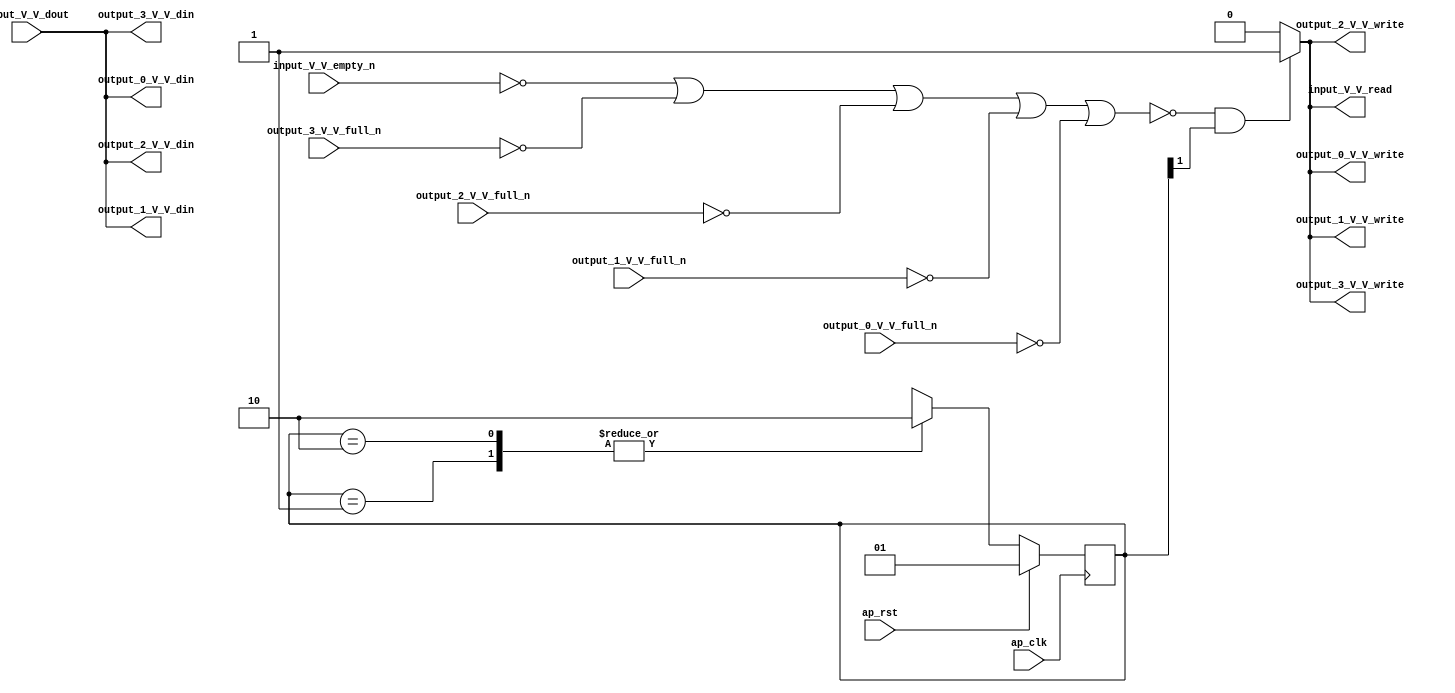
// ==============================================================
// RTL generated by Vivado(TM) HLS - High-Level Synthesis from C, C++ and SystemC
// Version: 2017.4
// Copyright (C) 1986-2017 Xilinx, Inc. All Rights Reserved.
// 
// ===========================================================

`timescale 1 ns / 1 ps 

(* CORE_GENERATION_INFO="gen_in,hls_ip_2017_4,{HLS_INPUT_TYPE=cxx,HLS_INPUT_FLOAT=0,HLS_INPUT_FIXED=1,HLS_INPUT_PART=xczu9eg-ffvb1156-2-e,HLS_INPUT_CLOCK=10.000000,HLS_INPUT_ARCH=others,HLS_SYN_CLOCK=3.676000,HLS_SYN_LAT=-1,HLS_SYN_TPT=none,HLS_SYN_MEM=0,HLS_SYN_DSP=0,HLS_SYN_FF=2,HLS_SYN_LUT=69}" *)

module gen_in (
        ap_clk,
        ap_rst,
        input_V_V_dout,
        input_V_V_empty_n,
        input_V_V_read,
        output_0_V_V_din,
        output_0_V_V_full_n,
        output_0_V_V_write,
        output_1_V_V_din,
        output_1_V_V_full_n,
        output_1_V_V_write,
        output_2_V_V_din,
        output_2_V_V_full_n,
        output_2_V_V_write,
        output_3_V_V_din,
        output_3_V_V_full_n,
        output_3_V_V_write
);

parameter    ap_ST_fsm_state1 = 2'd1;
parameter    ap_ST_fsm_state2 = 2'd2;

input   ap_clk;
input   ap_rst;
input  [15:0] input_V_V_dout;
input   input_V_V_empty_n;
output   input_V_V_read;
output  [15:0] output_0_V_V_din;
input   output_0_V_V_full_n;
output   output_0_V_V_write;
output  [15:0] output_1_V_V_din;
input   output_1_V_V_full_n;
output   output_1_V_V_write;
output  [15:0] output_2_V_V_din;
input   output_2_V_V_full_n;
output   output_2_V_V_write;
output  [15:0] output_3_V_V_din;
input   output_3_V_V_full_n;
output   output_3_V_V_write;

reg input_V_V_read;
reg output_0_V_V_write;
reg output_1_V_V_write;
reg output_2_V_V_write;
reg output_3_V_V_write;

reg    input_V_V_blk_n;
(* fsm_encoding = "none" *) reg   [1:0] ap_CS_fsm;
wire    ap_CS_fsm_state2;
reg    output_0_V_V_blk_n;
reg    output_1_V_V_blk_n;
reg    output_2_V_V_blk_n;
reg    output_3_V_V_blk_n;
reg    ap_block_state2;
reg   [1:0] ap_NS_fsm;

// power-on initialization
initial begin
#0 ap_CS_fsm = 2'd1;
end

always @ (posedge ap_clk) begin
    if (ap_rst == 1'b1) begin
        ap_CS_fsm <= ap_ST_fsm_state1;
    end else begin
        ap_CS_fsm <= ap_NS_fsm;
    end
end

always @ (*) begin
    if ((1'b1 == ap_CS_fsm_state2)) begin
        input_V_V_blk_n = input_V_V_empty_n;
    end else begin
        input_V_V_blk_n = 1'b1;
    end
end

always @ (*) begin
    if ((~((input_V_V_empty_n == 1'b0) | (output_3_V_V_full_n == 1'b0) | (output_2_V_V_full_n == 1'b0) | (output_1_V_V_full_n == 1'b0) | (output_0_V_V_full_n == 1'b0)) & (1'b1 == ap_CS_fsm_state2))) begin
        input_V_V_read = 1'b1;
    end else begin
        input_V_V_read = 1'b0;
    end
end

always @ (*) begin
    if ((1'b1 == ap_CS_fsm_state2)) begin
        output_0_V_V_blk_n = output_0_V_V_full_n;
    end else begin
        output_0_V_V_blk_n = 1'b1;
    end
end

always @ (*) begin
    if ((~((input_V_V_empty_n == 1'b0) | (output_3_V_V_full_n == 1'b0) | (output_2_V_V_full_n == 1'b0) | (output_1_V_V_full_n == 1'b0) | (output_0_V_V_full_n == 1'b0)) & (1'b1 == ap_CS_fsm_state2))) begin
        output_0_V_V_write = 1'b1;
    end else begin
        output_0_V_V_write = 1'b0;
    end
end

always @ (*) begin
    if ((1'b1 == ap_CS_fsm_state2)) begin
        output_1_V_V_blk_n = output_1_V_V_full_n;
    end else begin
        output_1_V_V_blk_n = 1'b1;
    end
end

always @ (*) begin
    if ((~((input_V_V_empty_n == 1'b0) | (output_3_V_V_full_n == 1'b0) | (output_2_V_V_full_n == 1'b0) | (output_1_V_V_full_n == 1'b0) | (output_0_V_V_full_n == 1'b0)) & (1'b1 == ap_CS_fsm_state2))) begin
        output_1_V_V_write = 1'b1;
    end else begin
        output_1_V_V_write = 1'b0;
    end
end

always @ (*) begin
    if ((1'b1 == ap_CS_fsm_state2)) begin
        output_2_V_V_blk_n = output_2_V_V_full_n;
    end else begin
        output_2_V_V_blk_n = 1'b1;
    end
end

always @ (*) begin
    if ((~((input_V_V_empty_n == 1'b0) | (output_3_V_V_full_n == 1'b0) | (output_2_V_V_full_n == 1'b0) | (output_1_V_V_full_n == 1'b0) | (output_0_V_V_full_n == 1'b0)) & (1'b1 == ap_CS_fsm_state2))) begin
        output_2_V_V_write = 1'b1;
    end else begin
        output_2_V_V_write = 1'b0;
    end
end

always @ (*) begin
    if ((1'b1 == ap_CS_fsm_state2)) begin
        output_3_V_V_blk_n = output_3_V_V_full_n;
    end else begin
        output_3_V_V_blk_n = 1'b1;
    end
end

always @ (*) begin
    if ((~((input_V_V_empty_n == 1'b0) | (output_3_V_V_full_n == 1'b0) | (output_2_V_V_full_n == 1'b0) | (output_1_V_V_full_n == 1'b0) | (output_0_V_V_full_n == 1'b0)) & (1'b1 == ap_CS_fsm_state2))) begin
        output_3_V_V_write = 1'b1;
    end else begin
        output_3_V_V_write = 1'b0;
    end
end

always @ (*) begin
    case (ap_CS_fsm)
        ap_ST_fsm_state1 : begin
            ap_NS_fsm = ap_ST_fsm_state2;
        end
        ap_ST_fsm_state2 : begin
            ap_NS_fsm = ap_ST_fsm_state2;
        end
        default : begin
            ap_NS_fsm = 'bx;
        end
    endcase
end

assign ap_CS_fsm_state2 = ap_CS_fsm[32'd1];

always @ (*) begin
    ap_block_state2 = ((input_V_V_empty_n == 1'b0) | (output_3_V_V_full_n == 1'b0) | (output_2_V_V_full_n == 1'b0) | (output_1_V_V_full_n == 1'b0) | (output_0_V_V_full_n == 1'b0));
end

assign output_0_V_V_din = input_V_V_dout;

assign output_1_V_V_din = input_V_V_dout;

assign output_2_V_V_din = input_V_V_dout;

assign output_3_V_V_din = input_V_V_dout;

endmodule //gen_in